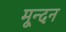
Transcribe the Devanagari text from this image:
मून्दन